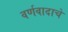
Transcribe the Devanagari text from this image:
वर्णवादाचे